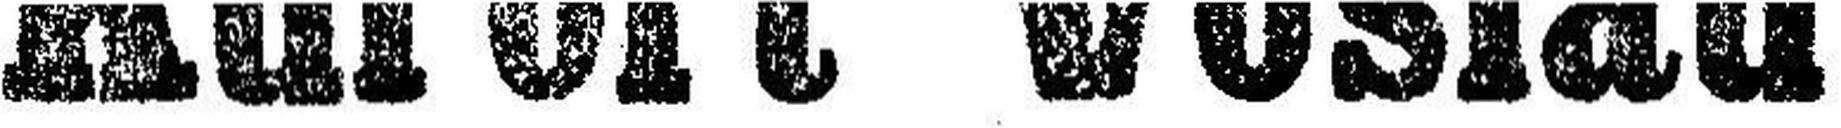
Kurort Vöslau